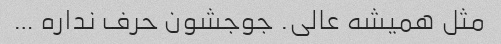
مثل همیشه عالی. جوجشون حرف نداره …